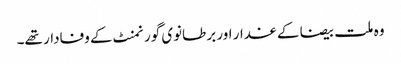
وہ ملت بیضا کے غدار اور برطانوی گورنمنٹ کے وفادار تھے۔